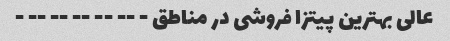
عالی بهترین پیتزا فروشی در مناطق - -- -- -- -- -- -